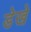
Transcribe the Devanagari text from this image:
डेखे